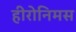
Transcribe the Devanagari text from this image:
हीरोनिमस